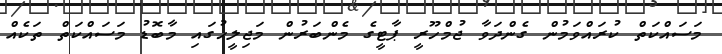
މަސައްކަތް ކުރައްވަމުން ގެންދަވާ ޖުމްހޫރީ ޕާޓީގެ މެންބަރުން މަޖިލީހުގައި މާބޮޑު މަސައްކަތް ތަކެއް